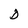
Character: D